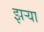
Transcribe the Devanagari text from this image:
झर्‍या